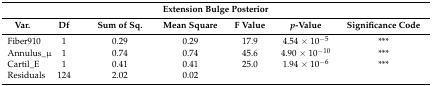
| <COLSPAN=7> Extension Bulge Posterior |
 | Var. | Df | Sum of Sq. | Mean Square | F Value | p-Value | Significance Code |
 | --- | --- | --- | --- | --- | --- | --- |
 | Fiber910 | 1 | 0.29 | 0.29 | 17.9 | 4.54 × 10−5 | *** |
 | Annulus_μ | 1 | 0.74 | 0.74 | 45.6 | 4.90 × 10−10 | *** |
 | Cartil_E | 1 | 0.41 | 0.41 | 25.0 | 1.94 × 10−6 | *** |
 | Residuals | 124 | 2.02 | 0.02 |  |  |  |